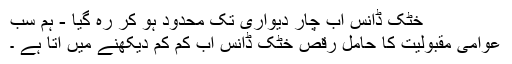
خٹک ڈانس اب چار دیواری تک محدود ہو کر رہ گیا - ہم سب
عوامی مقبولیت کا حامل رقص خٹک ڈانس اب کم کم دیکھنے میں آتا ہے ۔